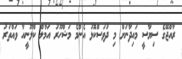
ރާއްޖޭގެ ސިޔާސީ މައިދާނަށް މި ދުވަސްކޮޅު އެންމެ މަޝްހޫރު އަމާލް ކްލޫނީއާ ވައްތަރު